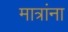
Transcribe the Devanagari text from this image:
मात्रांना